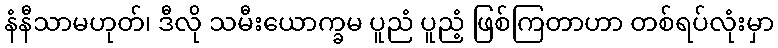
နံနီသာမဟုတ်၊ ဒီလို သမီးယောက္ခမ ပူညံ ပူညံ့ ဖြစ်ကြတာဟာ တစ်ရပ်လုံးမှာ